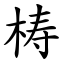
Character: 梼